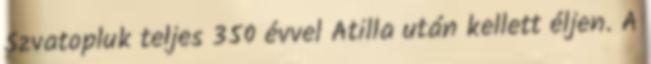
Szvatopluk teljes 350 évvel Atilla után kellett éljen. A